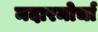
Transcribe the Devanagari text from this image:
मदारमोर्चा